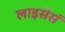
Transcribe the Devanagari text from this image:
लाइसेसं